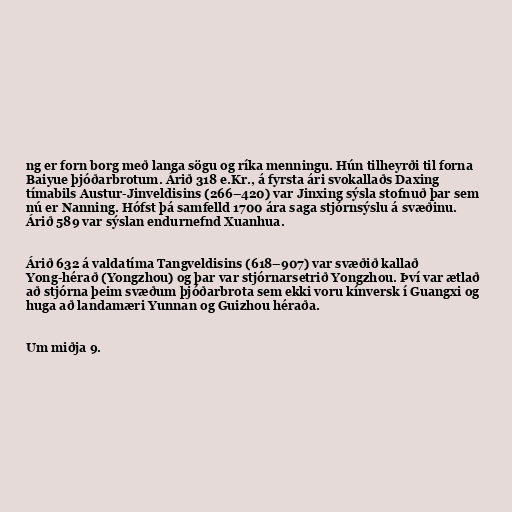
ng er forn borg með langa sögu og ríka menningu. Hún tilheyrði til forna
Baiyue þjóðarbrotum. Árið 318 e.Kr., á fyrsta ári svokallaðs Daxing
tímabils Austur-Jinveldisins (266–420) var Jinxing sýsla stofnuð þar sem
nú er Nanning. Hófst þá samfelld 1700 ára saga stjórnsýslu á svæðinu.
Árið 589 var sýslan endurnefnd Xuanhua.

Árið 632 á valdatíma Tangveldisins (618–907) var svæðið kallað
Yong-hérað (Yongzhou) og þar var stjórnarsetrið Yongzhou. Því var ætlað
að stjórna þeim svæðum þjóðarbrota sem ekki voru kínversk í Guangxi og
huga að landamæri Yunnan og Guizhou héraða.

Um miðja 9.